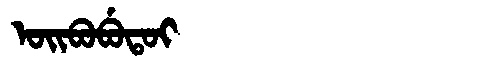
Manchu: ᠣᡳᠪᠣᠪᡠᡨᠣᡳ
Romanization: OIBOBUTOI